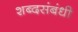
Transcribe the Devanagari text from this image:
शब्दसंबंधी